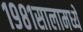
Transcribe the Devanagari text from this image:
१९८१सालामध्ये